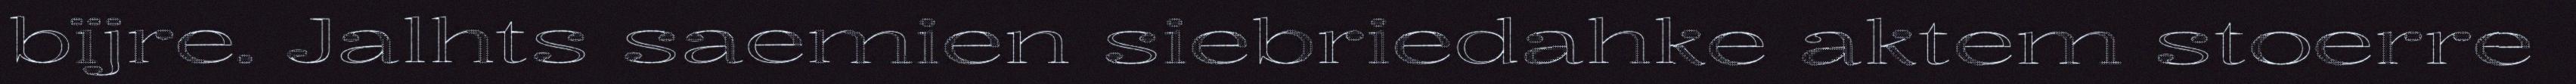
bïjre. Jalhts saemien siebriedahke aktem stoerre